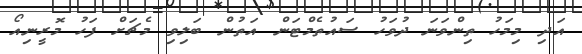
އަދި މިމަހު ތިންވަނަ ދުވަހު ސައުތެމްޓަން އަތުން ބަލިވި މެޗަށް ފަހު މޮރީނިއޯ